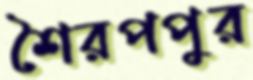
শৈরপপুর